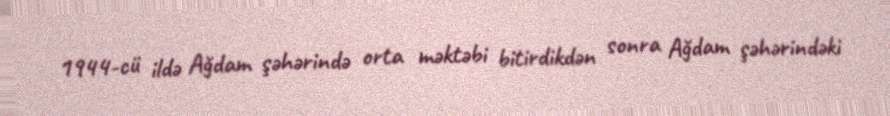
1944-cü ildə Ağdam şəhərində orta məktəbi bitirdikdən sonra Ağdam şəhərindəki